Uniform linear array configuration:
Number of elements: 16
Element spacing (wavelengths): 0.75
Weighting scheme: uniform
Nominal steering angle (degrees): -60
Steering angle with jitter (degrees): -60.708
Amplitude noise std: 0.05
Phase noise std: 0.05

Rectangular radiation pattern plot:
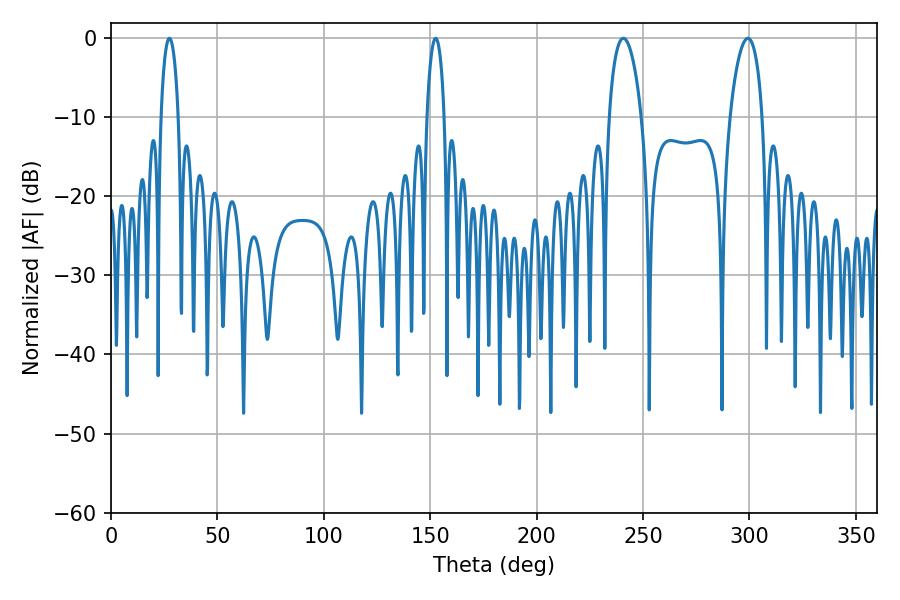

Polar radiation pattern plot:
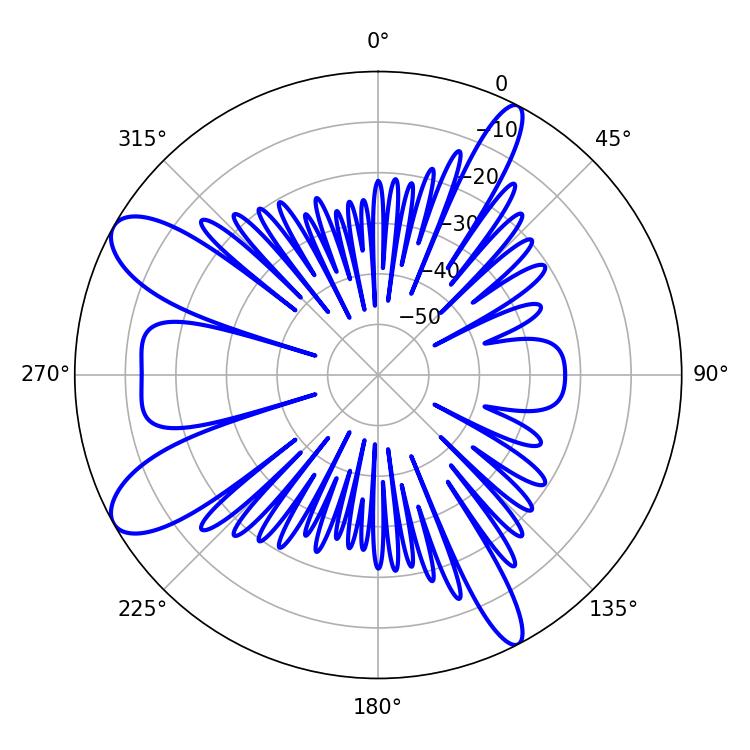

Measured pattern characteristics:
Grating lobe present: TRUE
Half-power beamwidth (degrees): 8.64
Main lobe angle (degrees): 299.34